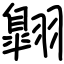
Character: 翺